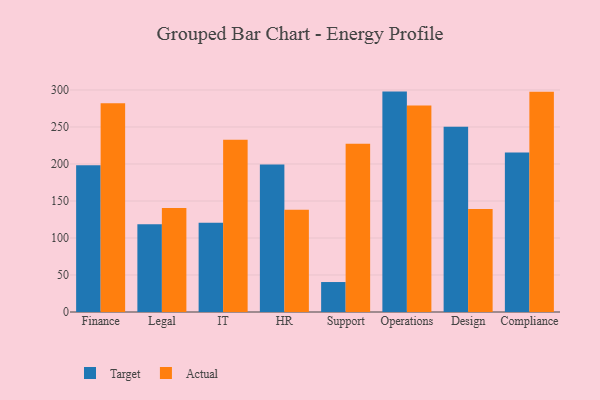
{"axis": {"x": "Department", "y": "Active Users"}, "legend": ["Actual", "Target"], "data": [{"x": "Finance", "y": 198.2, "type": "Target"}, {"x": "Finance", "y": 282.2, "type": "Actual"}, {"x": "Legal", "y": 118.7, "type": "Target"}, {"x": "Legal", "y": 140.4, "type": "Actual"}, {"x": "IT", "y": 120.7, "type": "Target"}, {"x": "IT", "y": 232.7, "type": "Actual"}, {"x": "HR", "y": 199.4, "type": "Target"}, {"x": "HR", "y": 138.2, "type": "Actual"}, {"x": "Support", "y": 40.5, "type": "Target"}, {"x": "Support", "y": 227.4, "type": "Actual"}, {"x": "Operations", "y": 297.8, "type": "Target"}, {"x": "Operations", "y": 278.9, "type": "Actual"}, {"x": "Design", "y": 250.4, "type": "Target"}, {"x": "Design", "y": 139.3, "type": "Actual"}, {"x": "Compliance", "y": 215.6, "type": "Target"}, {"x": "Compliance", "y": 297.6, "type": "Actual"}]}